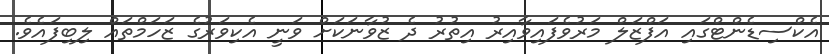
އެކްސިޑެންޓްގައި އަފްޒަލް މަރުވެފައިވާއިރު އިތުރު ދެ ޒުވާނަކަށް ވަނީ އެކިވަރުގެ ޒަހަމްތައް ލިބިފައެވެ.